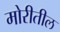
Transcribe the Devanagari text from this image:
मोरीतील